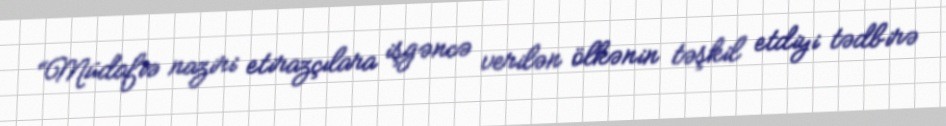
“Müdafiə naziri etirazçılara işgəncə verilən ölkənin təşkil etdiyi tədbirə